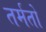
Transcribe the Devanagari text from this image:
तर्मतो